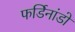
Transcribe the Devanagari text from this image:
फर्डिनांडो